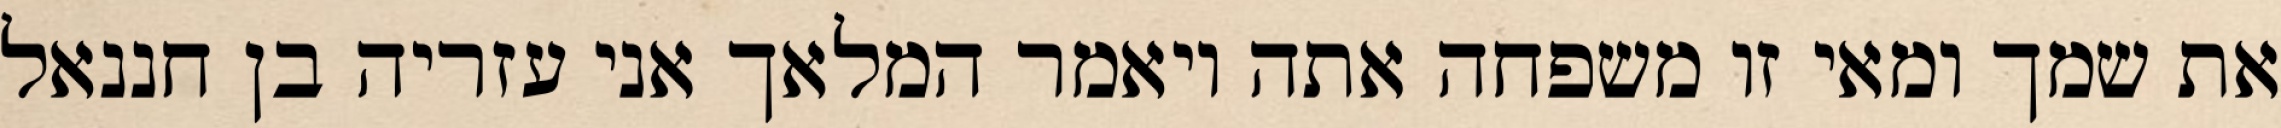
את שמך ומאי זו משפחה אתה ויאמר המלאך אני עזריה בן חננאל